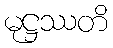
မုဋ္ဌဿတိ